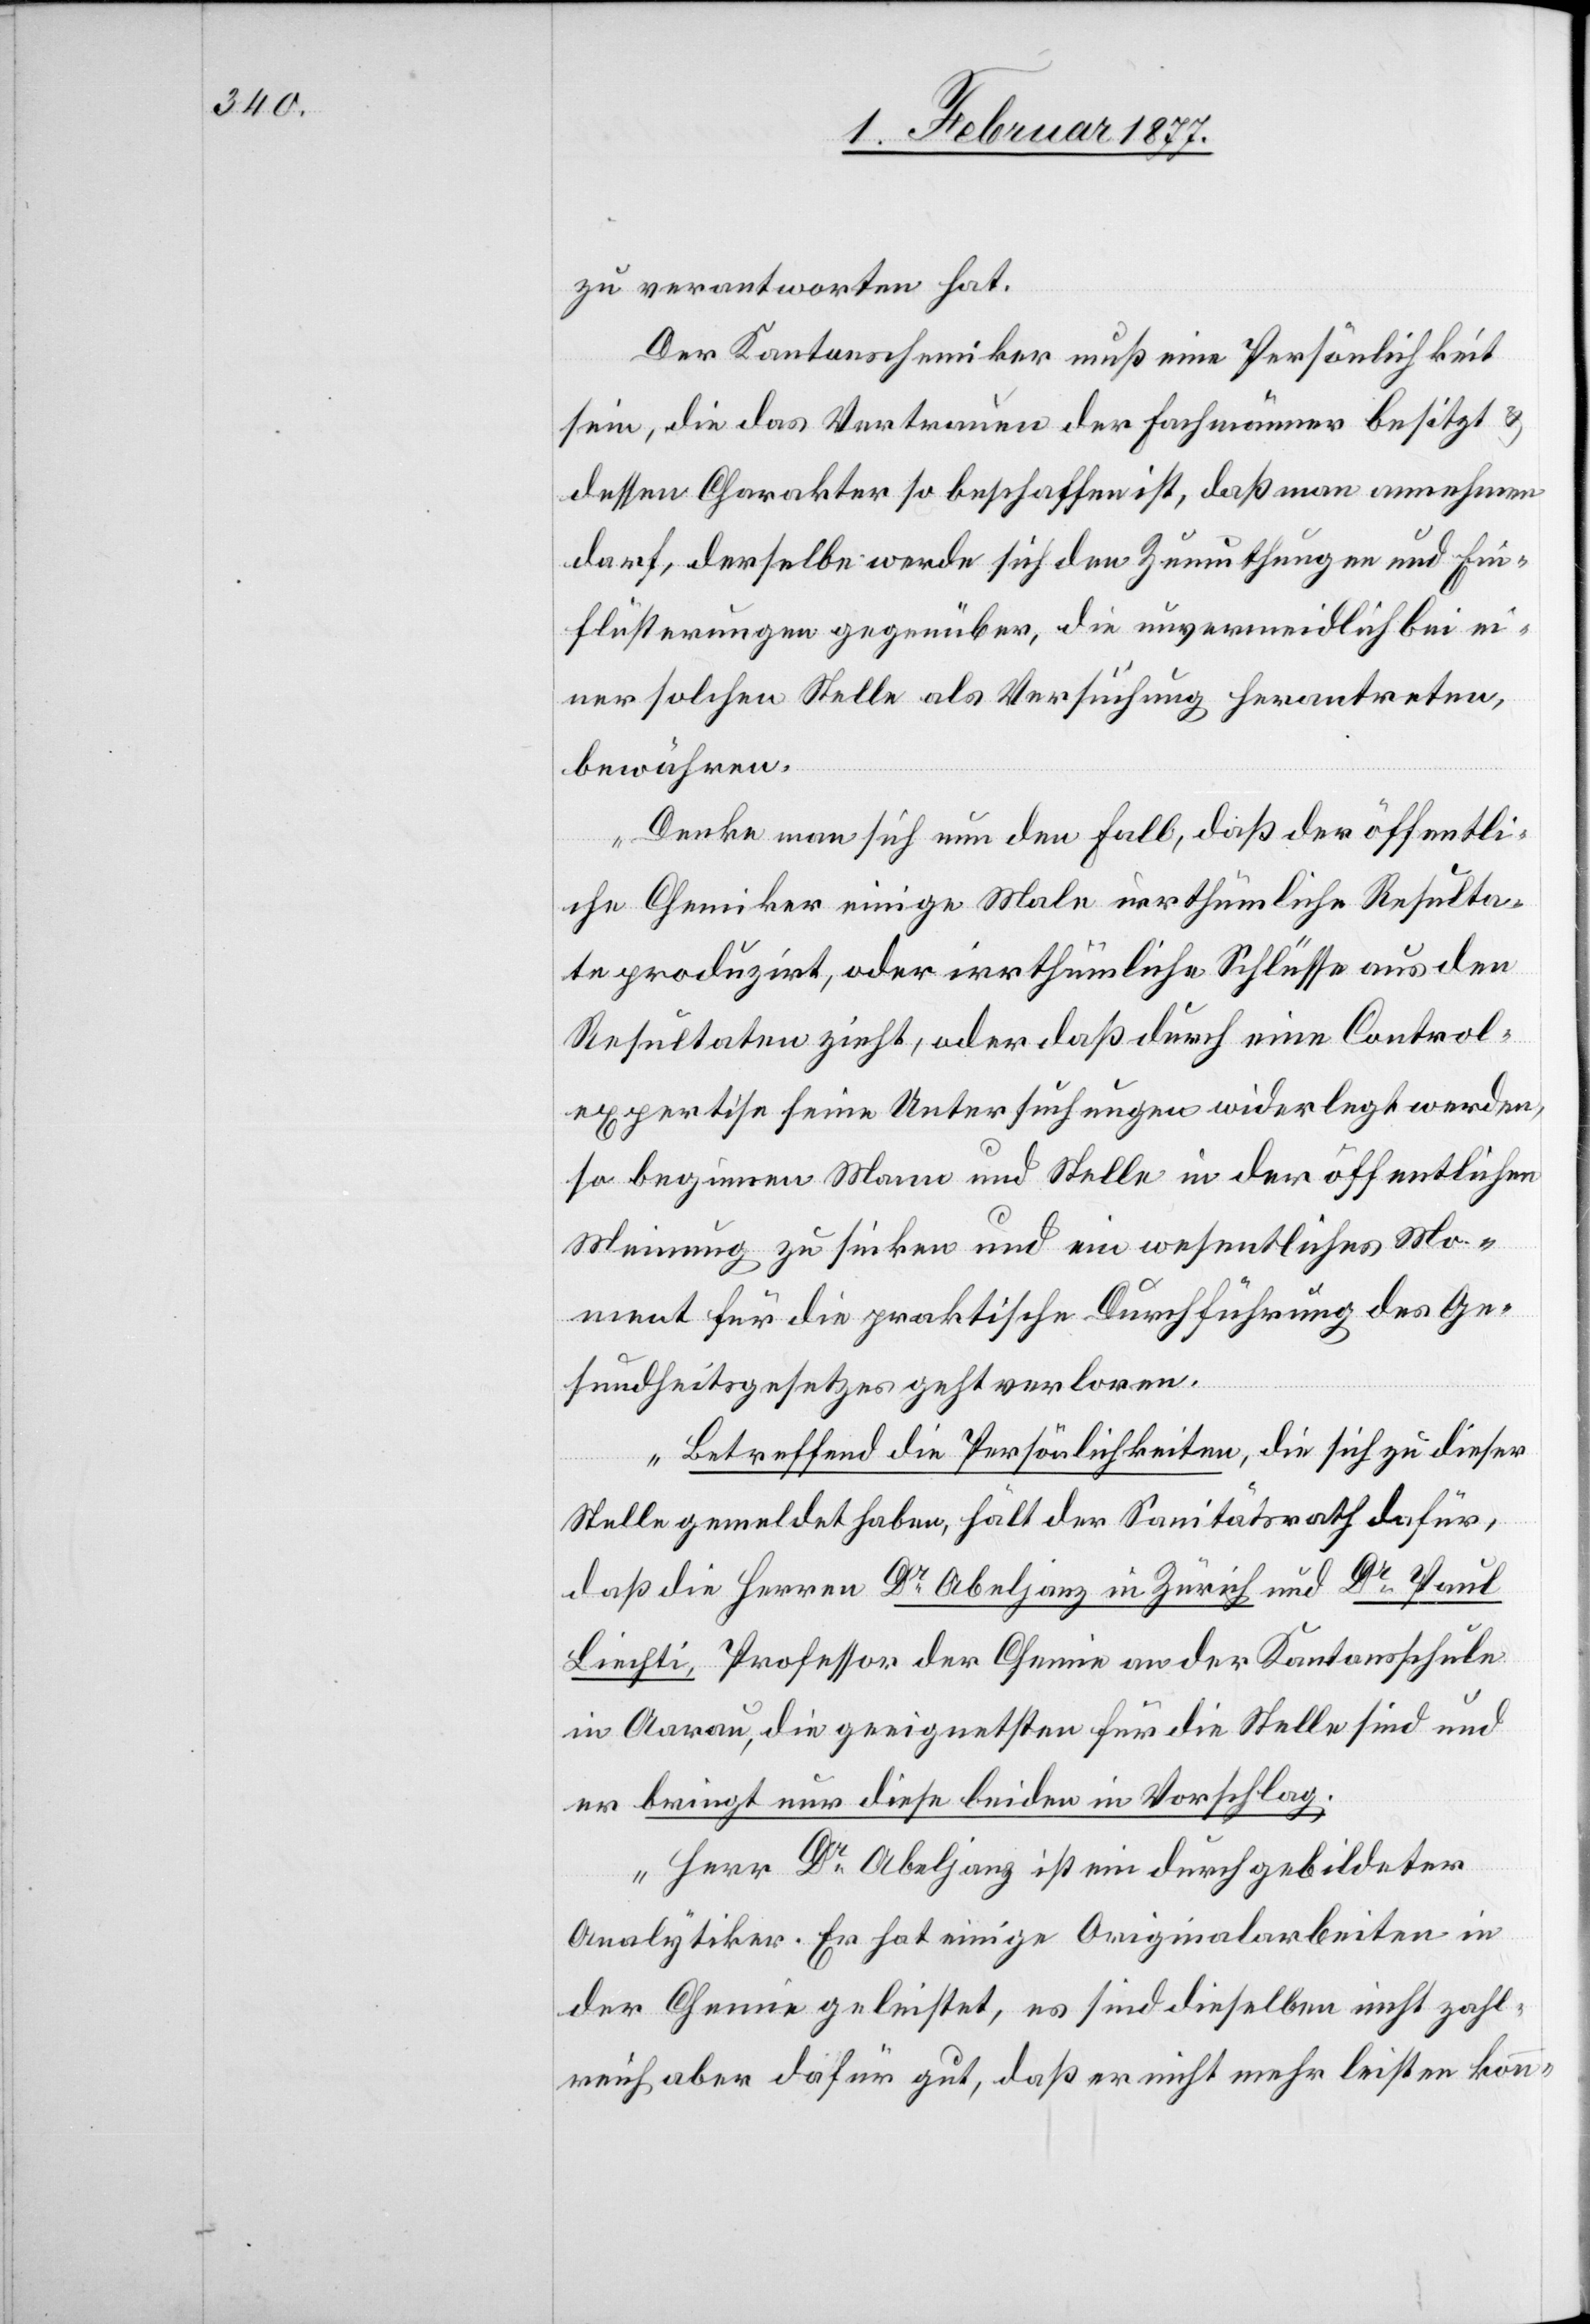
zu verantworten hat.
Der Kantonschemiker muß eine Persönlichkeit
sein, die das Vertrauen der Fachmänner besitzt &
dessen Charakter so beschaffen ist, daß man annehmen
darf, derselbe werde sich den Zumuthungen und Ein¬
flüsterungen gegenüber, die unvermeidlich bei ei¬
ner solchen Stelle als Versuchung herantreten,
bewähren.
Denke man sich nun den Fall, daß der öffentli¬
che Chemiker einige Male irrthümliche Resulta¬
te produzirt, oder irrthümliche Schlüsse aus den
Resultaten zieht, oder daß durch eine Control¬
expertise seine Untersuchungen widerlegt werden,
so beginnen Mann und Stelle in der öffentlichen
Meinung zu sinken und ein wesentliches Mo¬
ment für die praktische Durchführung des Ge¬
sundheitsgesetzes geht verloren.
Betreffend die Persönlichkeiten, die sich zu dieser
Stelle gemeldet haben, hält der Sanitätsrath dafür,
daß die Herren Dr Abeljanz in Zürich und Dr Paul
Liechti, Professor der Chemie an der Kantonsschule
in Aarau, die geeignetsten für die Stelle sind und
er bringt nur diese beiden in Vorschlag.
„Herr Dr Abeljanz ist ein durchgebildeter
Analytiker. Er hat einige Originalarbeiten in
der Chemie geleistet, es sind dieselben nicht zahl¬
reich aber dafür gut, daß er nicht mehr leisten konn-